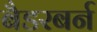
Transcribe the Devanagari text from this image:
बैडरबर्न